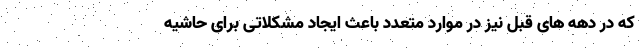
که در دهه های قبل نیز در موارد متعدد باعث ایجاد مشکلاتی برای حاشیه